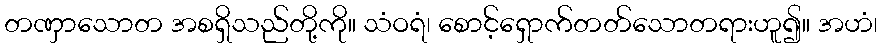
တဏှာသောတ အစရှိသည်တို့ကို။ သံဝရံ၊ စောင့်ရှောက်တတ်သောတရားဟူ၍။ အဟံ၊